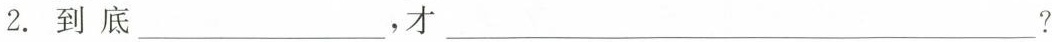
2.到底___，才 ___？